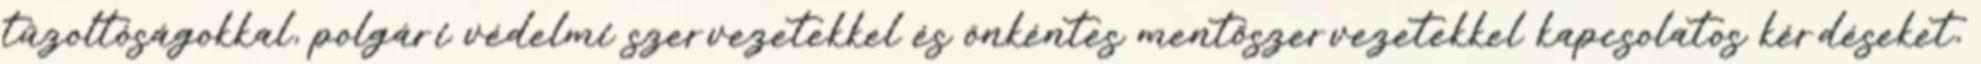
tűzoltóságokkal, polgári védelmi szervezetekkel és önkéntes mentőszervezetekkel kapcsolatos kérdéseket,